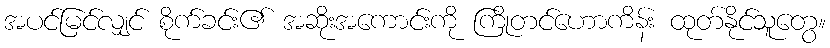
အပင်မြင်လျှင် စိုက်ခင်း၏ အဆိုးအကောင်းကို ကြိုတင်ဟောကိန်း ထုတ်နိုင်သူတွေ။